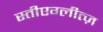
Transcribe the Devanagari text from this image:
स्तीएग्लीत्ज़